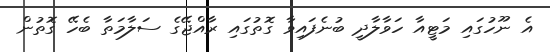
އެ ނޫހުގައި މަޓީއާ ހަވާލާދީ ބުނެފައިވާ ގޮތުގައި ރާއްޖޭގެ ސަލާމަތާ ބެހޭ ގޮތުން